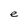
Character: e